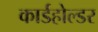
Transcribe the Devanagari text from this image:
कार्डहोल्डर